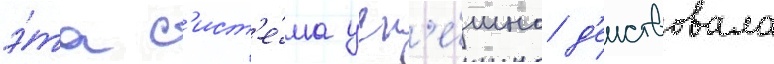
э́та с'ист'е́ма усп'е́шно д'еиствовала